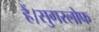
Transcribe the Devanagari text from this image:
हैं।सुगरलोफ